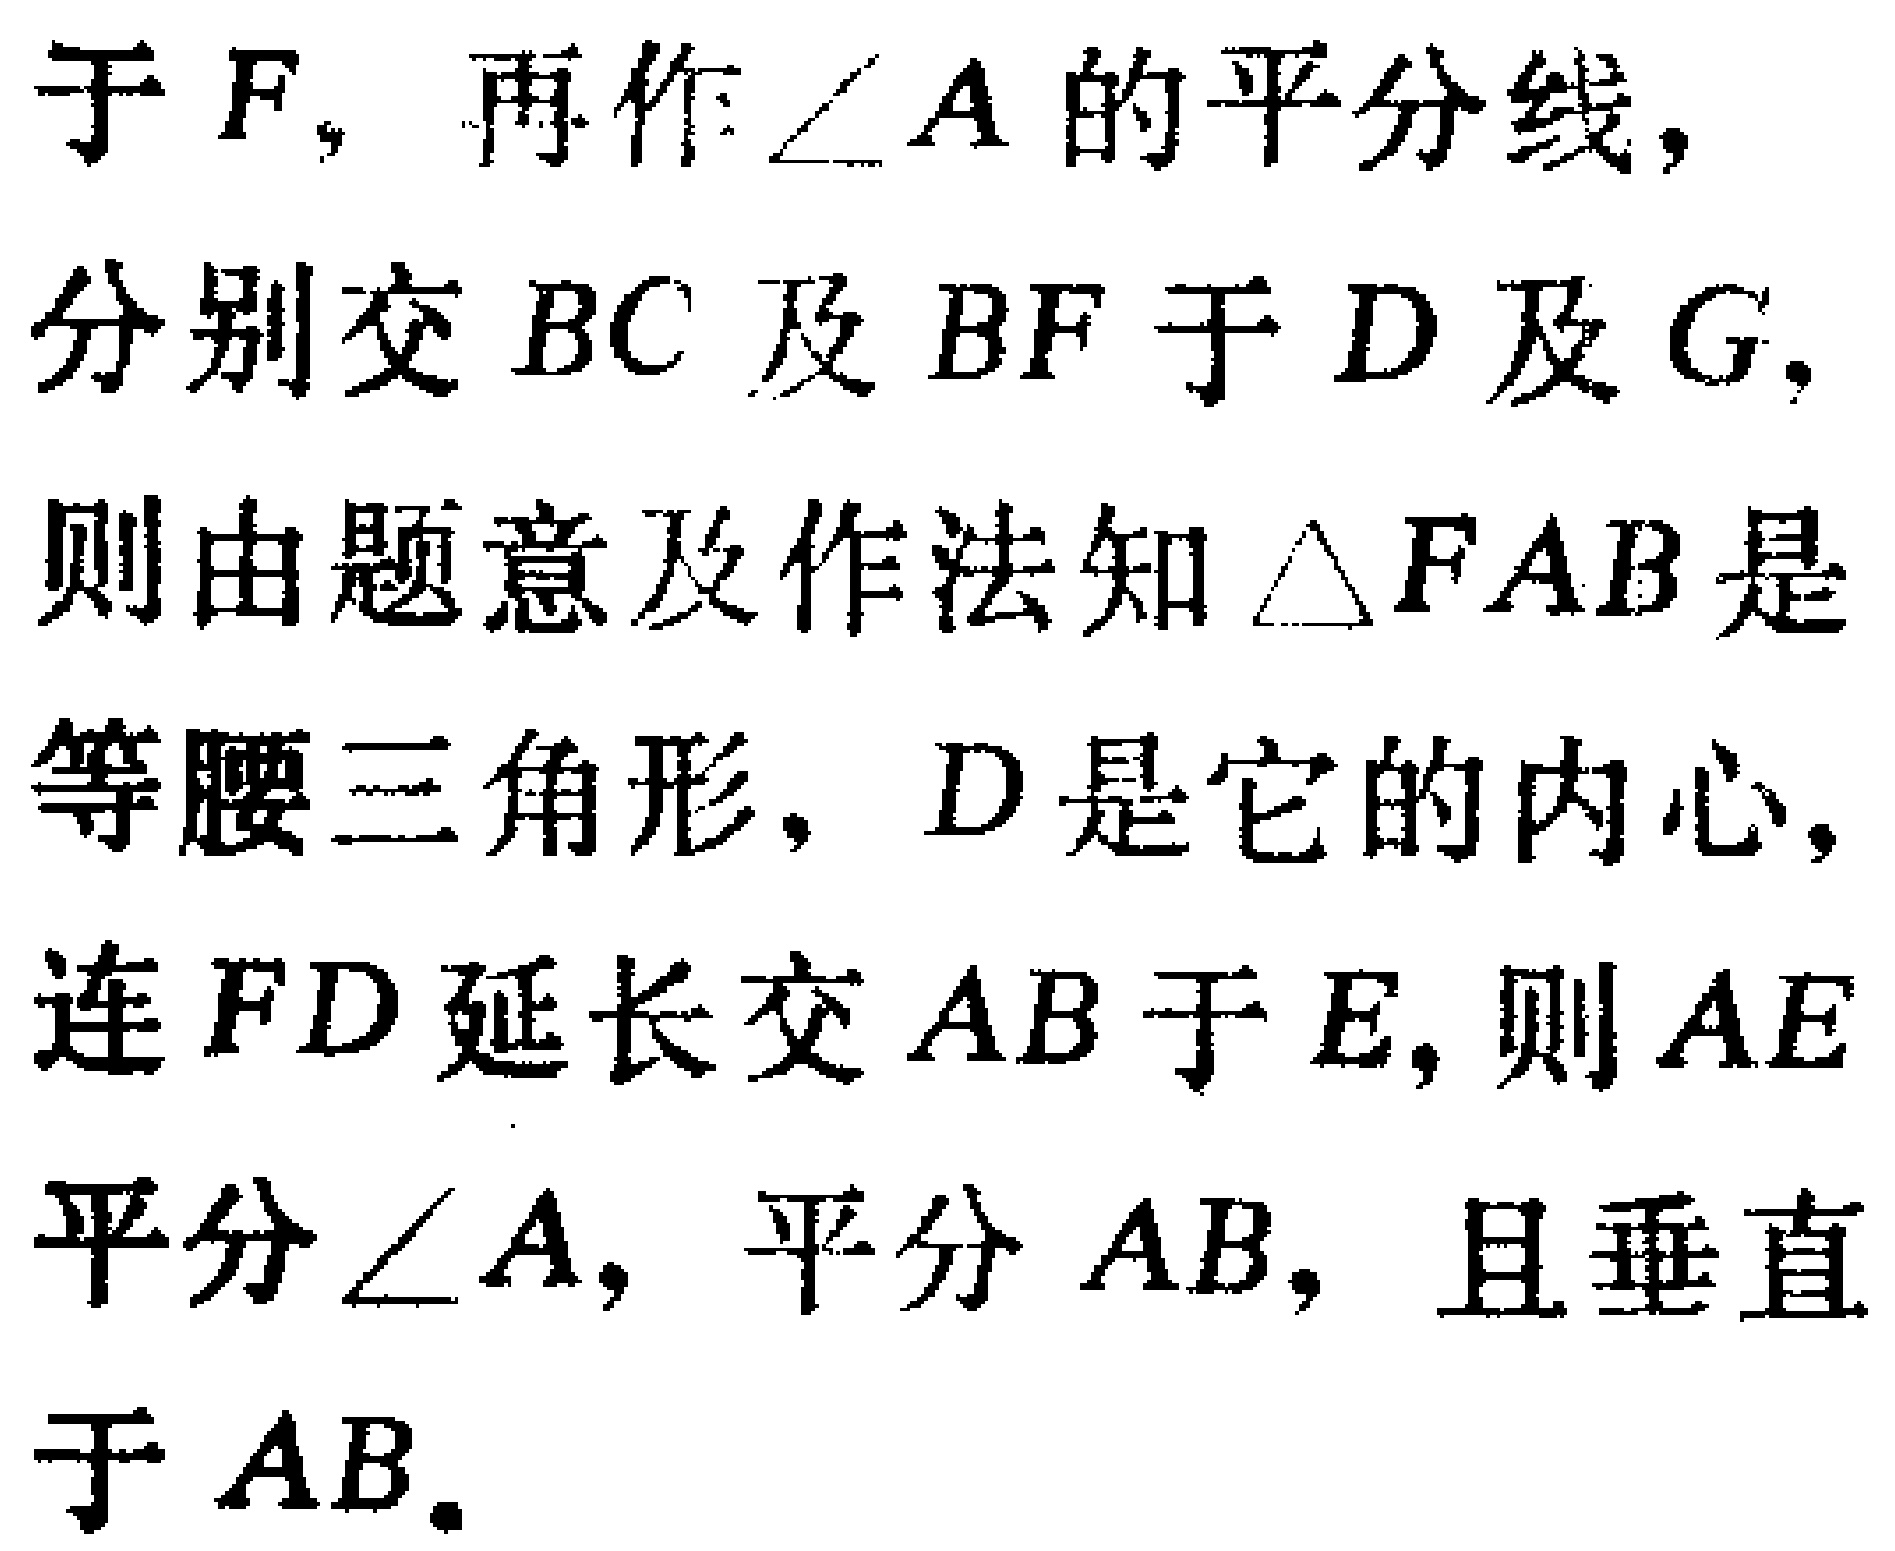
于\(F\)，再作\(\angle A\)的平分线，
分别交\(BC\)及\(BF\)于\(D\)及\(G\)，
则由题意及作法知\(\triangle FAB\)是
等腰三角形，\(D\)是它的内心，
连\(FD\)延长交\(AB\)于\(E\)，则\(AE\)
平分\(\angle A\)，平分\(AB\)，且垂直
于\(AB\)。